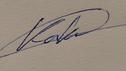
Signature authenticity: genuine